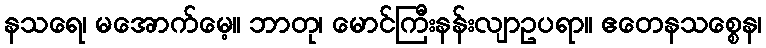
နသရေ၊ မအောက်မေ့။ ဘာတု၊ မောင်ကြီးနန်းလျာဥပရာ။ ဧတေနသစ္စေန၊